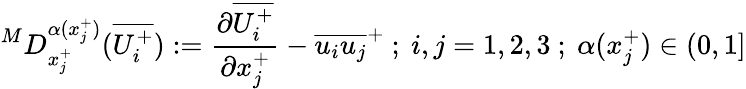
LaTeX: ^MD_{x_{j}^{+}}^{\alpha(x_{j}^{+})}(\overline{{U_{i}^{+}}}):=\frac{\partial\overline{{U_{i}^{+}}}}{\partial x_{j}^{+}}-\overline{{u_{i}u_{j}}}^{+}~;~i,j=1,2,3~;~\alpha(x_{j}^{+})\in(0,1]